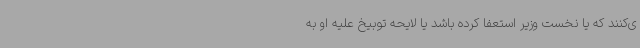
ی‌کنند که یا نخست وزیر استعفا کرده باشد یا لایحه توبیخ علیه او به